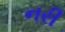
નરી